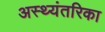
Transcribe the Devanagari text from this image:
अस्थ्यंतरिका